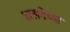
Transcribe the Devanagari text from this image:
वासनेच्या